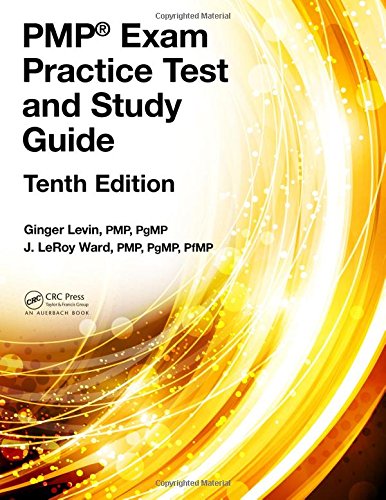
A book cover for PMPÂ® Exam Practice Test and Study Guide, Tenth Edition (Esi International Project Management); Ginger Levin; Test Preparation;